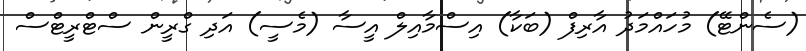
(ސެންޓޭ) މުހައްމަދު އާރިފް (ބަކާ) އިސްމާއިލް އީސާ (މެސީ) އަދި ގްރީން ސްޓްރީޓްސް